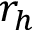
r _ { h }